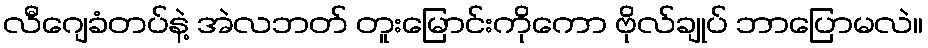
လီဂျေခံတပ်နဲ့ အဲလဘတ် တူးမြောင်းကိုကော ဗိုလ်ချုပ် ဘာပြောမလဲ။